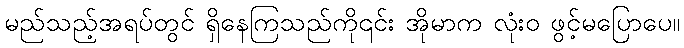
မည်သည့်အရပ်တွင် ရှိနေကြသည်ကို၎င်း အိုမာက လုံးဝ ဖွင့်မပြောပေ။